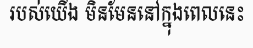
របស់យើង មិនមែននៅក្នុងពេលនេះ